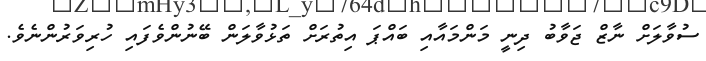
ސުވާލަށް ނާޒް ޖަވާބު ދިނީ މަންމައާއި ބައްޕަ އިތުރަށް ތަޅުވާލަން ބޭނުންވެފައި ހުރިވަރުންނެވެ.